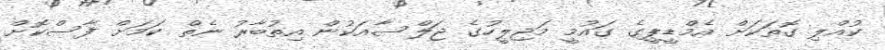
ކުއްލި ގޮތަކަށް އެމްޑީޕީގެ ގައުމީ މަޖިލީހުގެ ޖަލްސާއަކުން އިތުބާރު ނެތް ކަމަށް ފާސްކޮށް